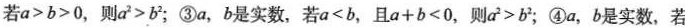
若a<b，且a+b<0，则 a^{2}>b^{2}；④a，b是实数，若